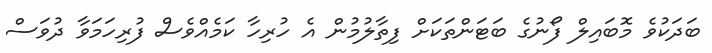
ބަދަކުވެ މޮބައިލް ފޯނުގެ ބަޓަންތަކަށް ފިތާލުމުން އެ ހުރިހާ ކަމެއްވެސް ފުރިހަމަވާ ދުވަސް